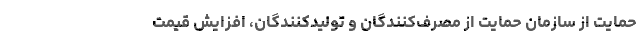
حمایت از سازمان حمایت از مصرف‌کنندگان و تولیدکنندگان، افزایش قیمت